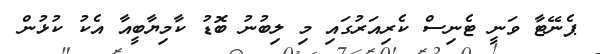
ޕެނޭޓާ ވަނީ ޓެނިސް ކެރިއަރުގައި މި ލިބުނު ބޮޑު ކާމިޔާބީއާ އެކު ކުޅުން